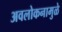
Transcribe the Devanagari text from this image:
अवलोकनामुळे